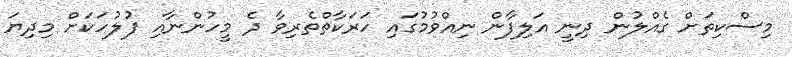
މިސްކިތަށް ގެއްލުން ދިނީ އަލިފާން ނިއްވުމުގައި ހަރަކާތްތެރިވާ ދެ މީހުންނާއި ފުލުހަކަށް މިދިޔަ